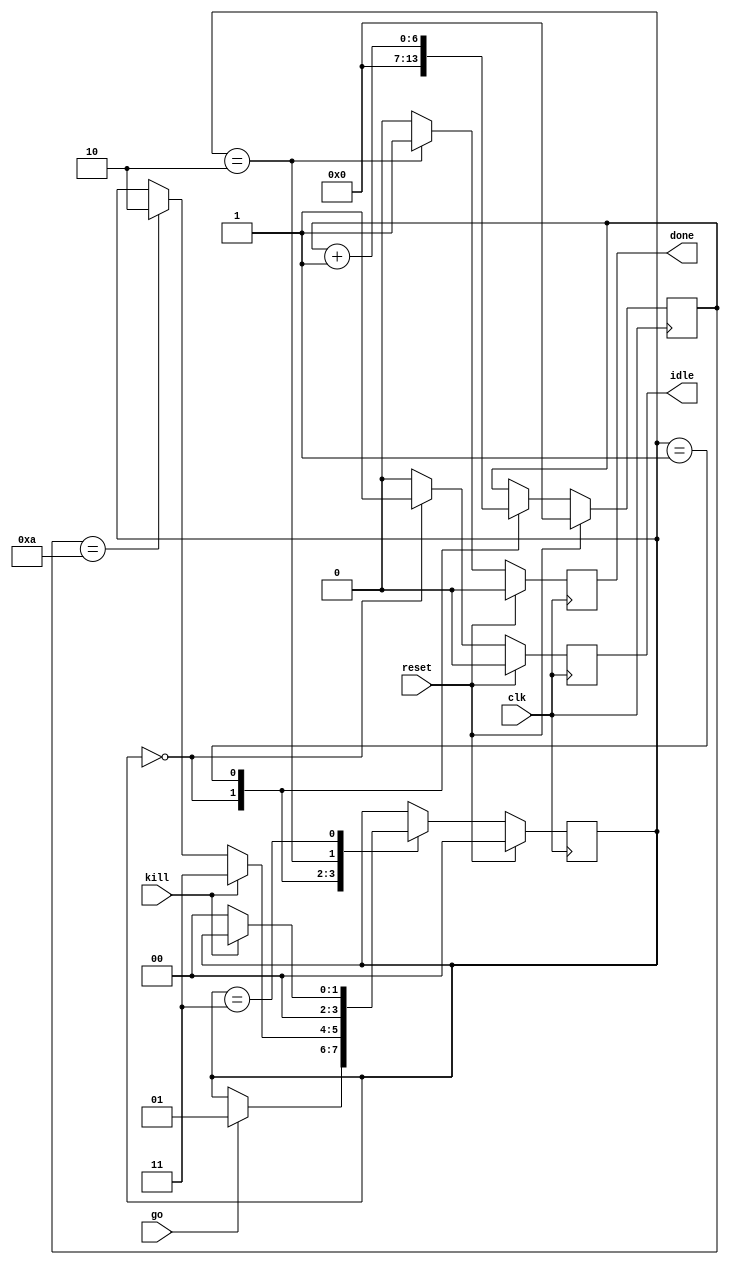

module wait_fsm (
    input  wire    clk,
    input  wire    reset,
    input  wire    go,
    input  wire    kill,
    output reg     idle,
    output reg     done
);

reg [6:0] count;
reg [1:0] state;

parameter ST_IDLE   = 2'b00;
parameter ST_ACTIVE = 2'b01;
parameter ST_FINISH = 2'b10;
parameter ST_ABORT  = 2'b11;

localparam C_MAX_COUNT = 7'd10;

// State Machine
always @(posedge clk)
begin
    if (reset) begin
        state <= ST_IDLE;
        count <= 7'd0;
        done <= 1'b0;
        idle <= 1'b0;
    end else begin

        done <= (state == ST_FINISH) ? 1'b1 : 1'b0;
        idle <= (state == ST_IDLE)   ? 1'b1 : 1'b0;

        case (state)
            ST_IDLE: begin
                count <= 7'd0;
                if (go)
                    state <= ST_ACTIVE;
            end
            ST_ACTIVE: begin
                count <= count + 1;
                if (count == C_MAX_COUNT)
                    state <= ST_FINISH;
                if (kill)
                    state <= ST_ABORT;
            end
            ST_FINISH:
                state <= ST_IDLE;
            ST_ABORT:
                if (!kill)
                    state <= ST_IDLE;
            default:
                state <= ST_IDLE;
        endcase
    end
end

endmodule